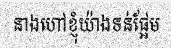
នាងហៅខ្ញុំយ៉ាងទន់ផ្អែម